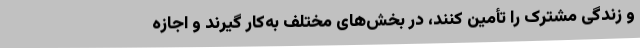
و زندگی مشترک را تأمین کنند، در بخش‌های مختلف به‌کار گیرند و اجازه